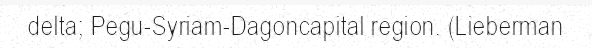
delta; Pegu-Syriam-Dagoncapital region. (Lieberman